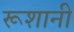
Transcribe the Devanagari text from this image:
रूशानी